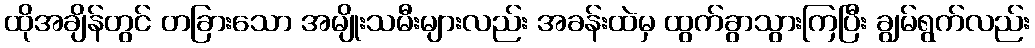
ထိုအချိန်တွင် တခြားသော အမျိုးသမီးများလည်း အခန်းထဲမှ ထွက်ခွာသွားကြပြီး ချွမ်ရွက်လည်း